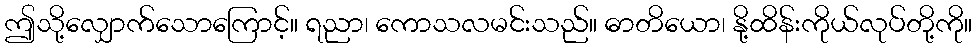
ဤသို့လျှောက်သောကြောင့်။ ရညာ၊ ကောသလမင်းသည်။ ဓာတိယော၊ နို့ထိန်းကိုယ်လုပ်တို့ကို။